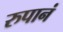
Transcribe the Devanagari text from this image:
रुपानं